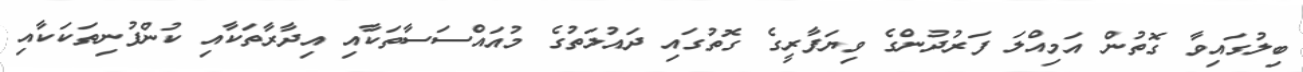
ބިލުގައިވާ ގޮތުން އަމިއްލަ ފަރުދުންގެ ވިޔަފާރީގެ ގޮތުގައި ދައުލަތުގެ މުއައްސަސާތަކާއި އިދާރާތަކާއި ކުންފުނިތަކަކާއި